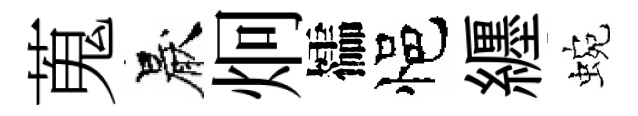
蒐厭炯櫺悒纒蜿